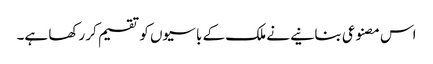
اس مصنوعی بنانیے نے ملک کے باسیوں کو تقسیم کر رکھا ہے۔